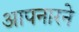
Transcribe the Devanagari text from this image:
आपनारने